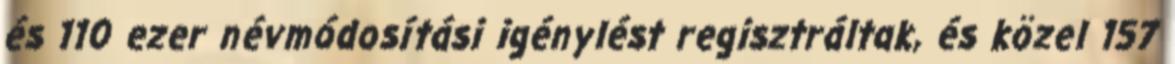
és 110 ezer névmódosítási igénylést regisztráltak, és közel 157